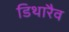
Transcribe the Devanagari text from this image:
डिथारैव